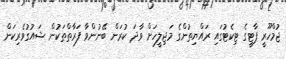
ޖުމްހޫރީ ޕާޓީގެ ޓިކެޓުގައި ރައްޔިތުންގެ މަޖިލީހަށް ވާދަ ކުރަން ބޭނުންވާ ފަރާތްތަކުން ޝައުގުވެރިކަން